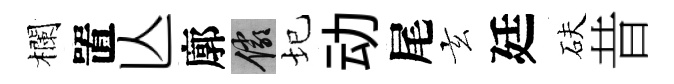
欄置亾廓儼圮动尾玄廷砆昔